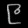
Digit: ၉